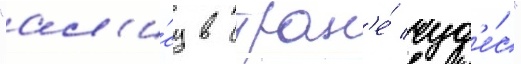
"ал'и́су в стран'е́ чуд'е́с"